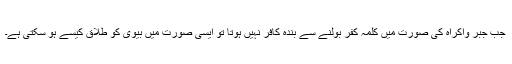
جب جبر واکراہ کی صورت میں کلمہ کفر بولنے سے بندہ کافر نہیں ہوتا تو ایسی صورت میں بیوی کو طلاق کیسے ہو سکتی ہے۔